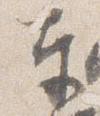
奉